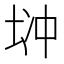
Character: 𱖧